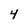
Character: 4